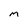
Character: m